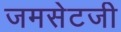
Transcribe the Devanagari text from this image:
जमसेटजी